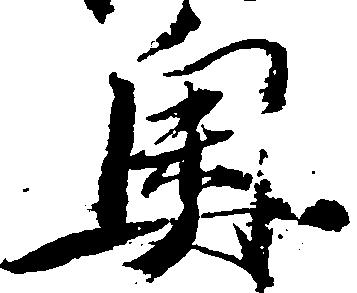
奥